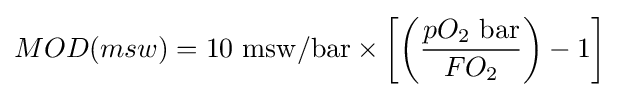
MOD(msw)=10\mathrm {~msw/bar} \times \left[\left({pO_{2}\mathrm {~bar}  \over FO_{2}}\right)-1\right]